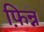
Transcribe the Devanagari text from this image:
फ़िन्न